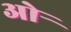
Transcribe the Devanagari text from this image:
ओर्‍